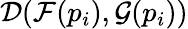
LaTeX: \mathcal{D}(\mathcal{F}(p_{i}),\mathcal{G}(p_{i}))